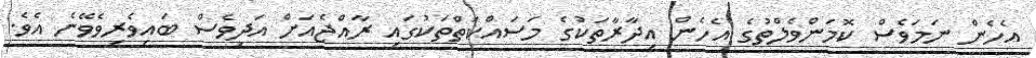
އެހެން ނަމަވެސް ކޮމަންވެލްތުގެ އެހެން އިދާރާތަކުގެ މަސައްކަތްތަކުގައި ރާއްޖެއަށް އަދިވެސް ބައިވެރިވެވޭނެ އެވެ.